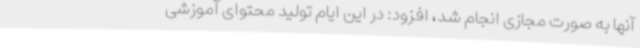
آنها به صورت مجازی انجام شد، افزود: در این ایام تولید محتوای آموزشی